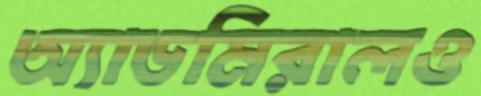
অ্যাডমিরালও